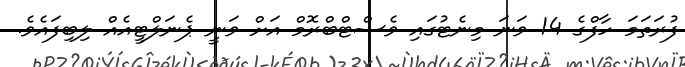
ފުރަތަމަ ހާފްގެ 14 ވަނަ މިނެޓުގައި ވެސްޓްބްރޮމް އަށް ވަނީ ޕެނަލްޓީއެއް ލިބިފައެވެ.